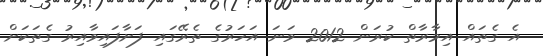
އެ ގެތައް އިމާރާތް ކުރަން 2012 ވަނަ އަހަރުގެ ތެރޭގައި ފަށާފައިވާއިރު ގެތަކަށް